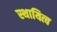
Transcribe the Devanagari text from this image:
स्थायित्‍व